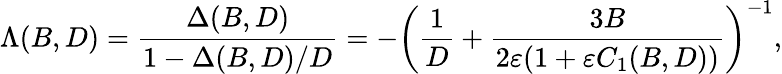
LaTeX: \Lambda(B,D)=\frac{\Delta(B,D)}{1-\Delta(B,D)/D}=-\left(\frac{1}{D}+\frac{3B}{2\varepsilon(1+\varepsilon C_{1}(B,D))}\right)^{-1},